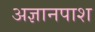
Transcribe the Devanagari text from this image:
अज्ञानपाश